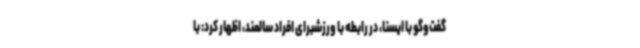
گفت‌وگو با ایسنا، در رابطه با ورزشبرای افراد سالمند، اظهار کرد: با